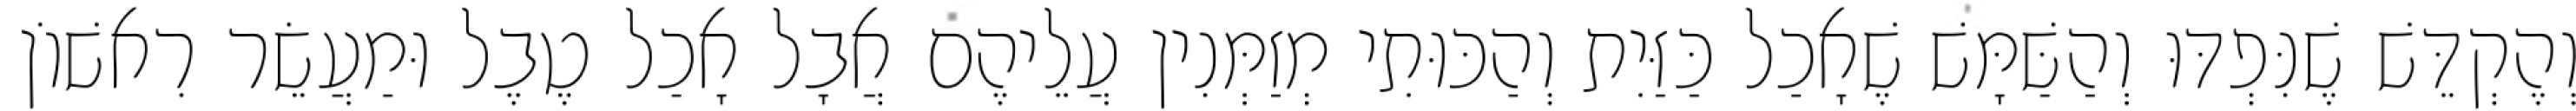
וְהֶקְדֵּשׁ שֶׁנִּפְדּוּ וְהַשַּׁמָּשׁ שֶׁאָכַל כַּזַּיִת וְהַכּוּתִי מְזַמְּנִין עֲלֵיהֶם אֲבָל אָכַל טֶבֶל וּמַעֲשֵׂר רִאשׁוֹן